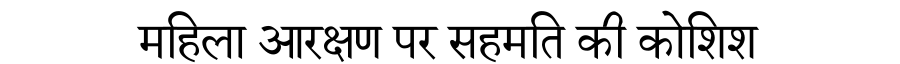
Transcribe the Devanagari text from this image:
महिला आरक्षण पर सहमति की कोशिश